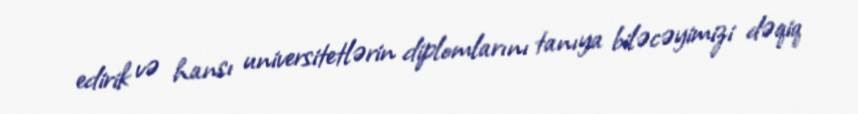
edirik və hansı universitetlərin diplomlarını tanıya biləcəyimizi dəqiq